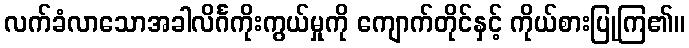
လက်ခံလာသောအခါလိင်္ဂကိုးကွယ်မှုကို ကျောက်တိုင်နှင့် ကိုယ်စားပြုကြ၏။